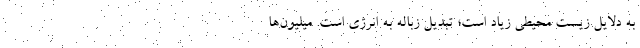
به دلایل زیست محیطی زیاد است؛ تبدیل زباله به انرژی است. میلیون‌ها